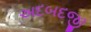
અદબદજી